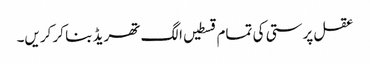
عقل پرستی کی تمام قسطیں الگ تھریڈ بنا کر کریں۔